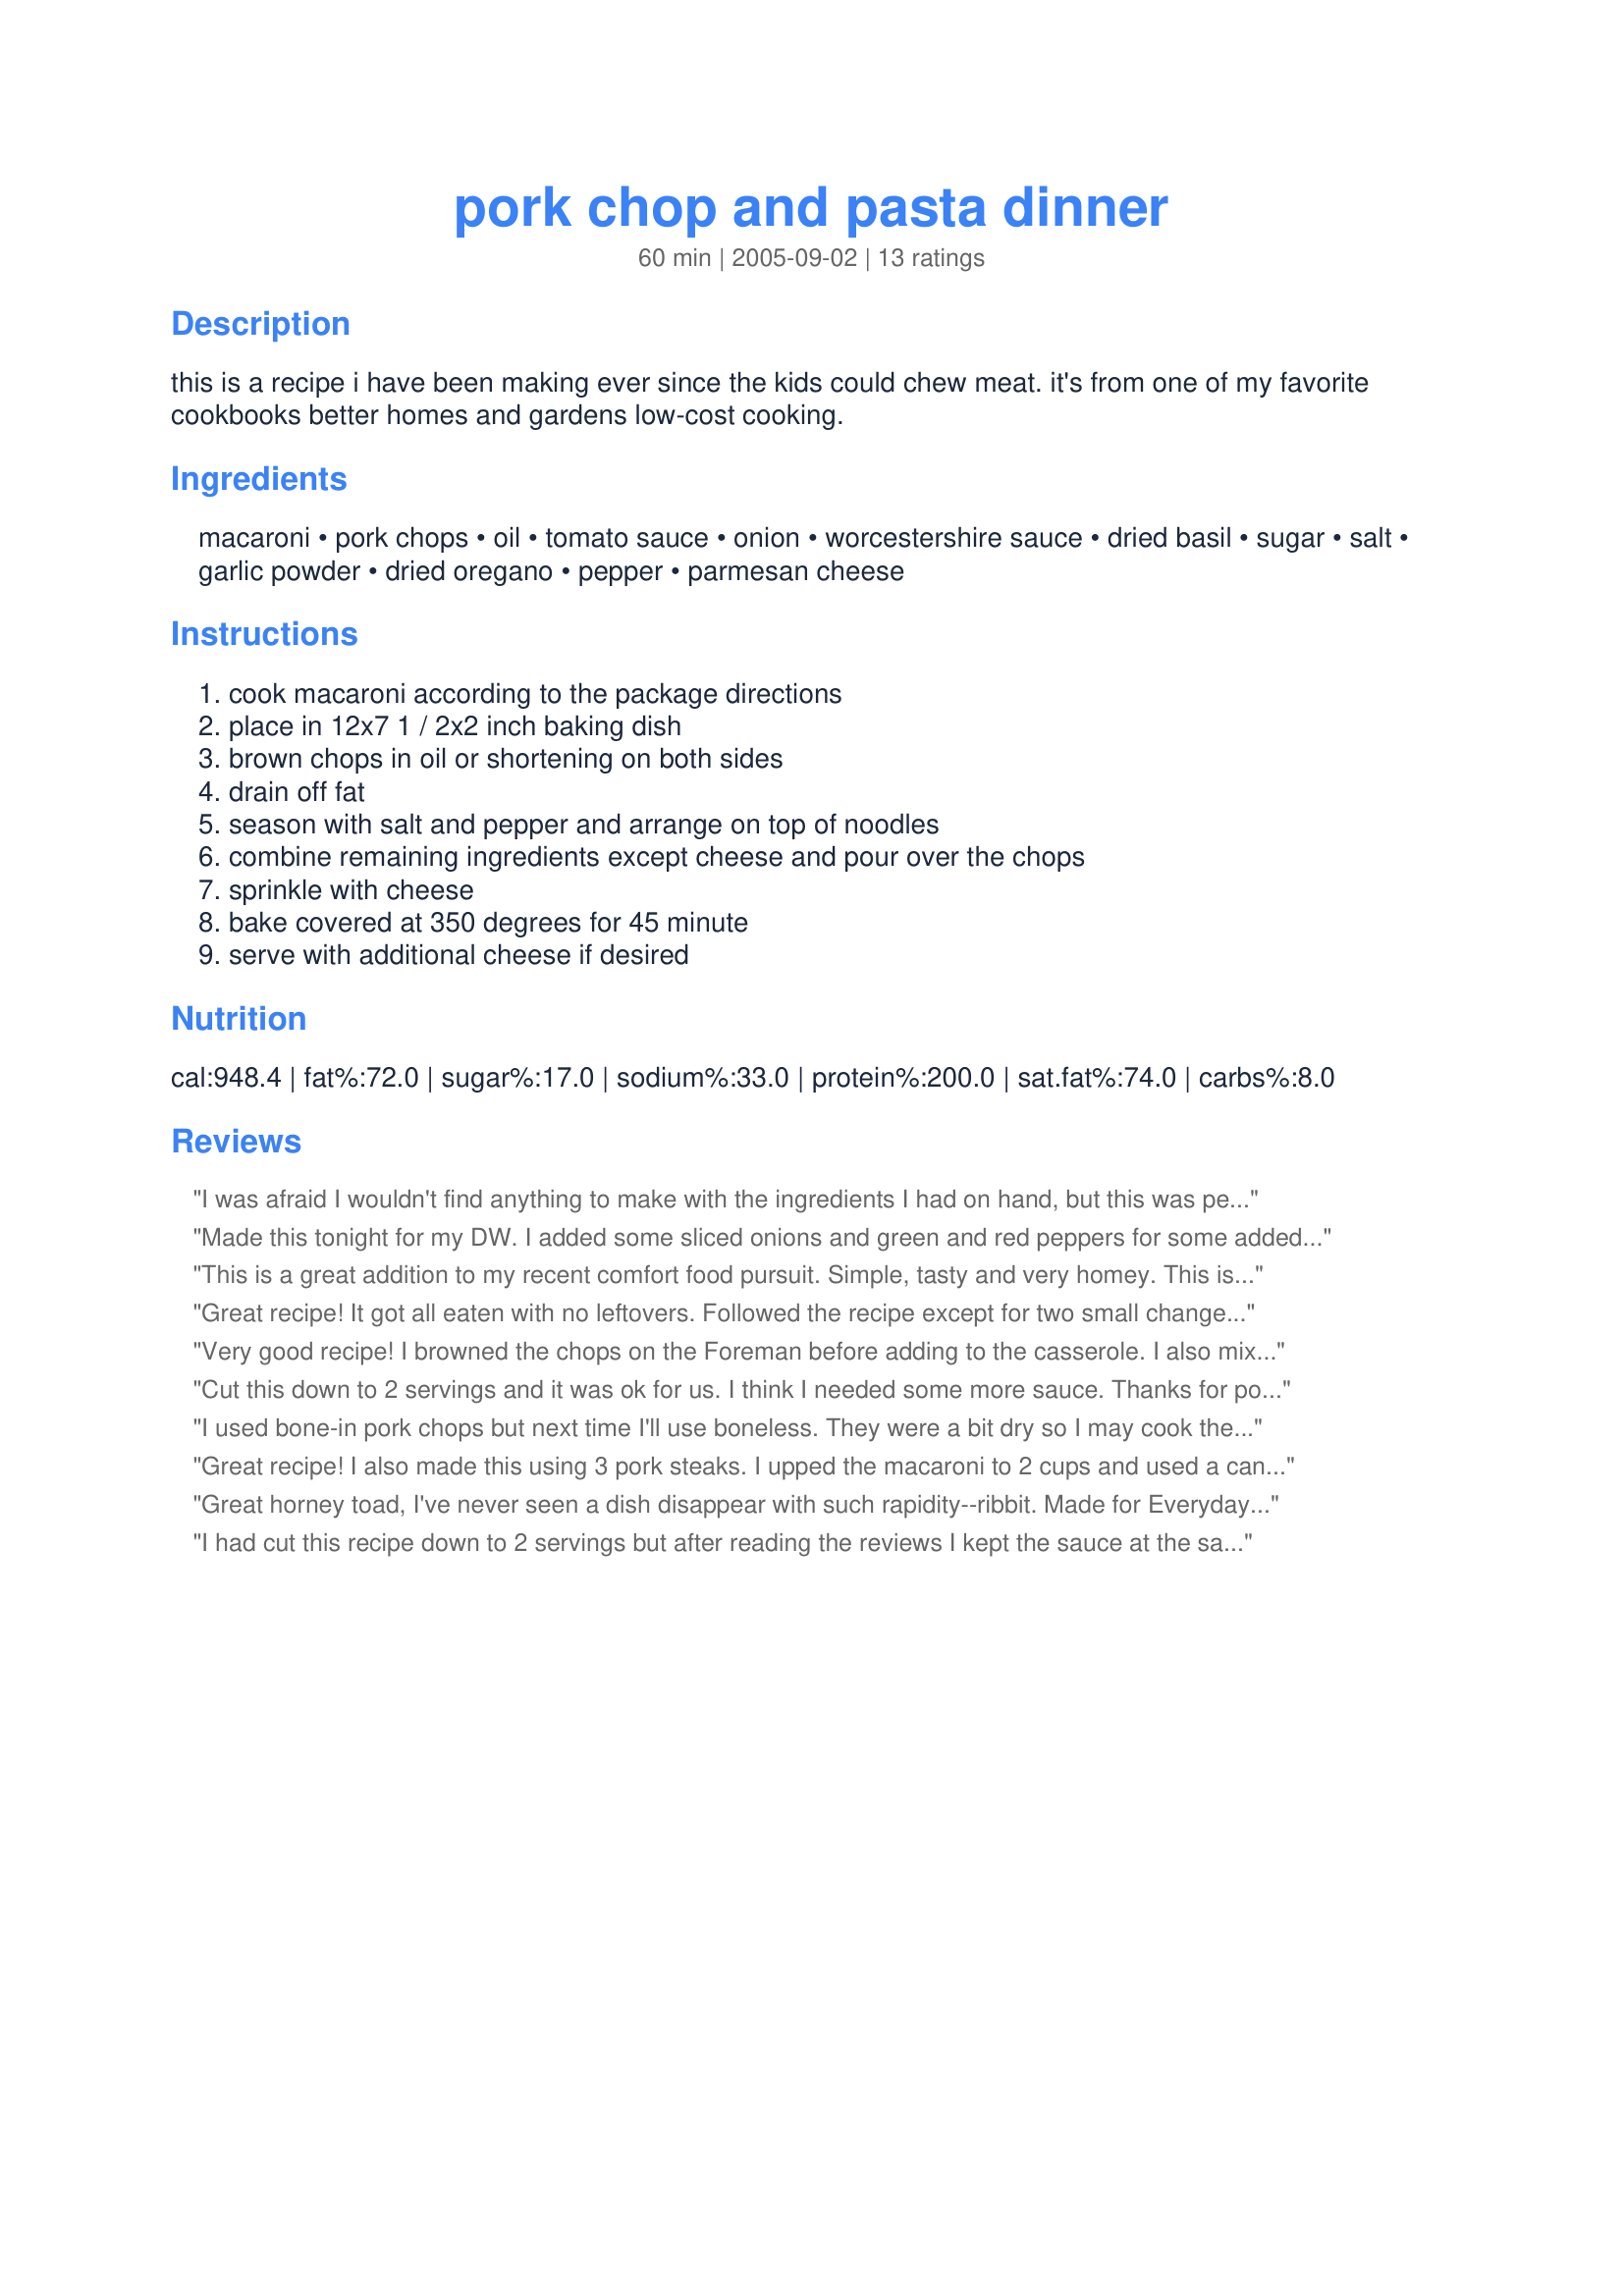
pork chop and pasta dinner
Preparation time: 60 minutes

this is a recipe i have been making ever since the kids could chew meat. it's from one of my favorite cookbooks better homes and gardens low-cost cooking.

Ingredients:
macaroni, pork chops, oil, tomato sauce, onion, worcestershire sauce, dried basil, sugar, salt, garlic powder, dried oregano, pepper, parmesan cheese

Steps:
cook macaroni according to the package directions, place in 12x7 1 / 2x2 inch baking dish, brown chops in oil or shortening on both sides, drain off fat, season with salt and pepper and arrange on top of noodles, combine remaining ingredients except cheese and pour over the chops, sprinkle with cheese, bake covered at 350 degrees for 45 minute, serve with additional cheese if desired

Reviews:
I was afraid I wouldn't find anything to make with the ingredients I had on hand, but this was perfect. I used little shells instead of macaroni. Then I checked the chops with 15 minutes left and was afraid they wouldn't have enough juice, but it was also perfect. The pork was juicy and so good. My two toddlers really enjoyed this meal. I have a meat eater and the other asked for more noodles. Their grandparents also enjoyed it. Thank you. I will be making this again. It was fast and easy, and baking it in one dish at the end gave me a chance to clean up a little so I only had a few dishes left after dinner. In my book, that rocks!
Made this tonight for my DW. I added some sliced onions and green and red peppers for some added flavor. Excellent recipe.
This is a great addition to my recent comfort food pursuit. Simple, tasty and very homey. This is simple to put together and everyone enjoyed it. For my house the portions were right on. I made 3 servings (3 chops) and it served the 3 of us very well.
Great recipe! It got all eaten with no leftovers. Followed the recipe except for two small changes. I add fresh minced garlic to the sauce. After reading the other reviews I decided to mix the macaroni with sauce and sprinkled mozzarella on top. Will be making again.
Very good recipe! I browned the chops on the Foreman before adding to the casserole. I also mixed some sauce with the noodles before adding to the pan. The pork chops were very tender with great flavour.
Cut this down to 2 servings and it was ok for us. I think I needed some more sauce. Thanks for posting. Made for Everyday is a Holiday Game 2010.
I used bone-in pork chops but next time I'll use boneless. They were a bit dry so I may cook them less than 45 minutes. The taste is great. The seasonings are perfect in the sauce. I used mozzarella cheese instead of parmesan. Next time I'll brown the onions before adding them to the sauce. That way they won't be crunchy. Even after 45 minutes they were crunchy. Thanks Lori :) Made for Holiday tag
Great recipe! I also made this using 3 pork steaks. I upped the macaroni to 2 cups and used a can of italian stewed tomatoes in place of some of the tomato sauce(only had 1 8oz. can). I sprinkled some grated mozzarella at the end. We really enjoyed this meal and will make it often. Thanks for sharing!
Great horney toad, I've never seen a dish disappear with such rapidity--ribbit. Made for Everyday Is A Holiday.
I had cut this recipe down to 2 servings but after reading the reviews I kept the sauce at the same amount listed. I am really glad I did because it made it nice and saucy. I just found the pork chops were missing something. Some seasonings maybe, just can't put my finger on it. But this is a very quick meal to put together which is great to do during the week. Thanks for sharing Lori Mama
Really easy and tasty! I used 8 chops (to feed 4 people) and increased the tomato sauce along with all the other ingredients, also added in some onions and fresh garlic that I sauteed after the chops. I baked it in a 13 x 9-inch baking dish and increased the Parmesan for the top. We enjoyed this for an early dinner tonight, thanks Lori!...Kitten:)
Thanks Lori for a wonderful meal. It was so quick and easy to make, using ingredients that are always in the cupboard. The pasta and sauce was very tasty, the pork was tender, moist and flavourful. I will be making this again often.
This was very easy to make and tasty. Next time, I would mix half the tomato sauce with the pasta and then put the pasta in the baking dish - they would be less dry that way and able to absorb some of the sauce during baking. I think this would be great to make with chicken pieces as well.
